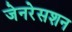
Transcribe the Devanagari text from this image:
जेनरेसशन